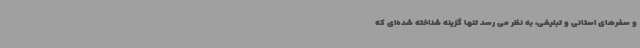
و سفرهای استانی و تبلیغی، به نظر می رسد تنها گزینه شناخته شده‌ای که